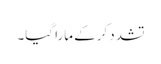
تشدد کرکے مارا گیا۔